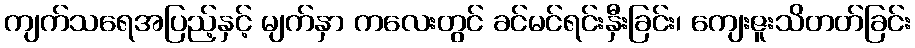
ကျက်သရေအပြည့်နှင့် မျက်နှာ ကလေးတွင် ခင်မင်ရင်းနှီးခြင်း၊ ကျေးဇူးသိတတ်ခြင်း